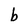
Character: b